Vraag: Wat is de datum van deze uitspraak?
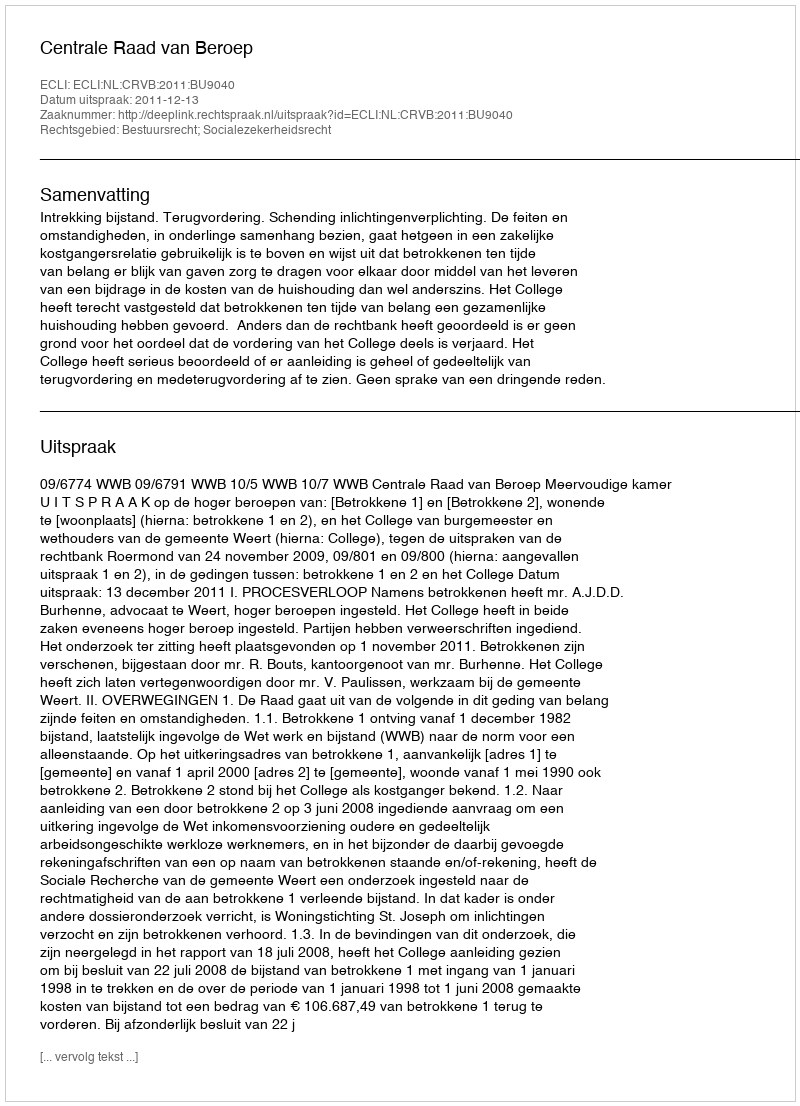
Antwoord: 2011-12-13